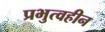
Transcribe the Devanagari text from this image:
प्रभुत्वहीन